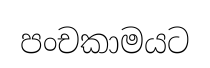
පංචකාමයට